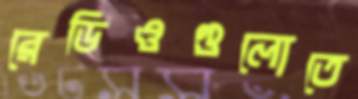
রেডিওগুলোতে